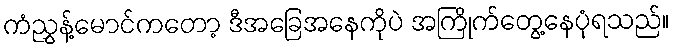
ကံညွှန့်မောင်ကတော့ ဒီအခြေအနေကိုပဲ အကြိုက်တွေ့နေပုံရသည်။